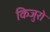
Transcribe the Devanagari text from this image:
किजुरो